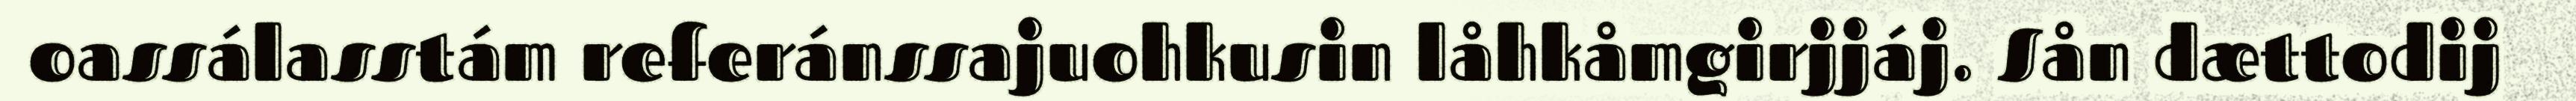
oassálasstám referánssajuohkusin låhkåmgirjjáj. Sån dættodij